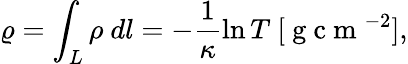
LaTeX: \varrho=\int_{L}\rho\ dl=-\frac{1}{\kappa}\ln{T}\ [\mathrm{~g~c~m~}^{-2}],